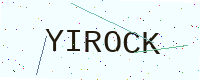
Text: YIROCK